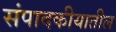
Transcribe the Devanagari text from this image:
संपादकीयातील